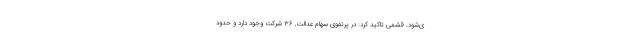
ی‌شود. قشمی تاکید کرد: در پرتفوی سهام عدالت, 36 شرکت وجود دارد و حدود